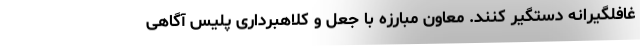
غافلگیرانه دستگیر کنند. معاون مبارزه با جعل و کلاهبرداری پلیس آگاهی